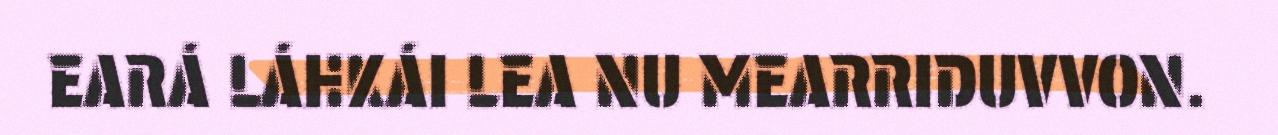
EARÁ LÁHKÁI LEA NU MEARRIDUVVON.